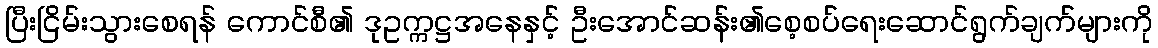
ပြီးငြိမ်းသွားစေရန် ကောင်စီ၏ ဒုဥက္ကဋ္ဌအနေနှင့် ဦးအောင်ဆန်း၏စေ့စပ်ရေးဆောင်ရွက်ချက်များကို